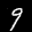
Label: 9